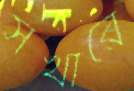
সখীরে